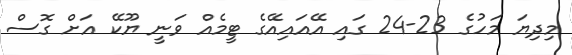
މިދިޔަ މަހުގެ 23-24 ގައި އޭއައިއޭގެ ޓީމެއް ވަނީ ޔޫކޭ އަށް ގޮސް